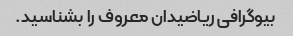
بیوگرافی ریاضیدان معروف را بشناسید.